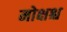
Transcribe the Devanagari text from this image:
मोक्षश्च